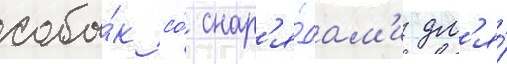
соба́к со́ снар'я́дам'и дл'я́